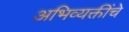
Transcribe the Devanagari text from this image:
अभिव्यक्तींचे